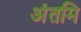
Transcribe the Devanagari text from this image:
अंतमि